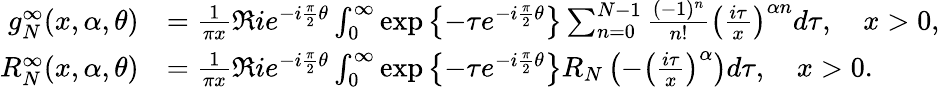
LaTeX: \begin{array}{rl}{g_{N}^{\infty}(x,\alpha,\theta)}&{=\frac{1}{\pi x}\Re ie^{-i\frac{\pi}{2}\theta}\int_{0}^{\infty}\exp\left\{ -\tau e^{-i\frac{\pi}{2}\theta}\right\} \sum_{n=0}^{N-1}\frac{(-1)^{n}}{n!}\left(\frac{i\tau}{x}\right)^{\alpha n}d\tau,\quad x>0,}\\ {R_{N}^{\infty}(x,\alpha,\theta)}&{=\frac{1}{\pi x}\Re ie^{-i\frac{\pi}{2}\theta}\int_{0}^{\infty}\exp\left\{ -\tau e^{-i\frac{\pi}{2}\theta}\right\} R_{N}\left(-\left(\frac{i\tau}{x}\right)^{\alpha}\right)d\tau,\quad x>0.}\end{array}